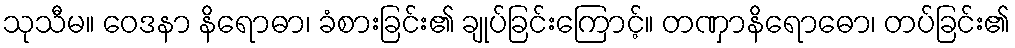
သုသီမ။ ဝေဒနာ နိရောဓာ၊ ခံစားခြင်း၏ ချုပ်ခြင်းကြောင့်။ တဏှာနိရောဓော၊ တပ်ခြင်း၏